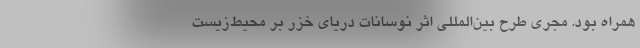
همراه بود. مجری طرح بین‌المللی اثر نوسانات دریای خزر بر محیط‌زیست